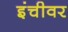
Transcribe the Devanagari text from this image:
इंचीवर